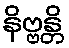
နိဗ္ဗန္တိ